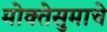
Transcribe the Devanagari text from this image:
मोक्तेसुमाचे